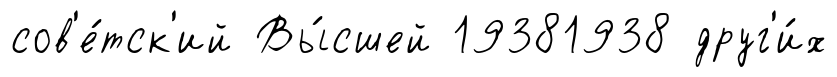
сов'е́тск'ий Вы́сшей 19381938 друг'и́х